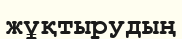
жұқтырудың